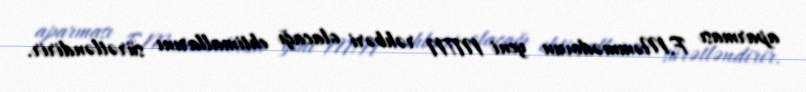
aparması F.Məmmədovun yeni MTN rəhbəri olacağı ehtimallarını sürətləndirir.